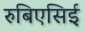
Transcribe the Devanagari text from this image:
रुबिएसिई